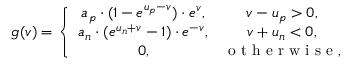
g ( v ) = \left\lbrace \begin{array} { c c } { a _ { p } \cdot ( 1 - e ^ { u _ { p } - v } ) \cdot e ^ { v } , } & { v - u _ { p } > 0 , } \\ { a _ { n } \cdot ( e ^ { u _ { n } + v } - 1 ) \cdot e ^ { - v } , } & { v + u _ { n } < 0 , } \\ { 0 , } & { \textrm { o t h e r w i s e } , } \end{array} \right.